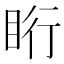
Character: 䀪